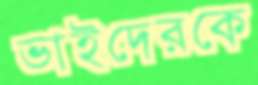
ভাইদেরকে